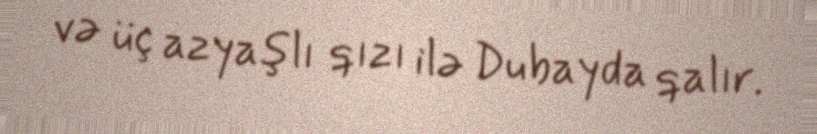
və üç azyaşlı qızı ilə Dubayda qalır.